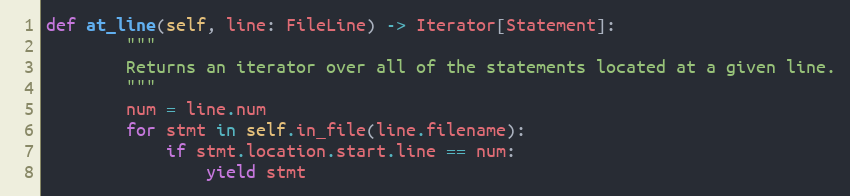
Language: Python
def at_line(self, line: FileLine) -> Iterator[Statement]:
        """
        Returns an iterator over all of the statements located at a given line.
        """
        num = line.num
        for stmt in self.in_file(line.filename):
            if stmt.location.start.line == num:
                yield stmt